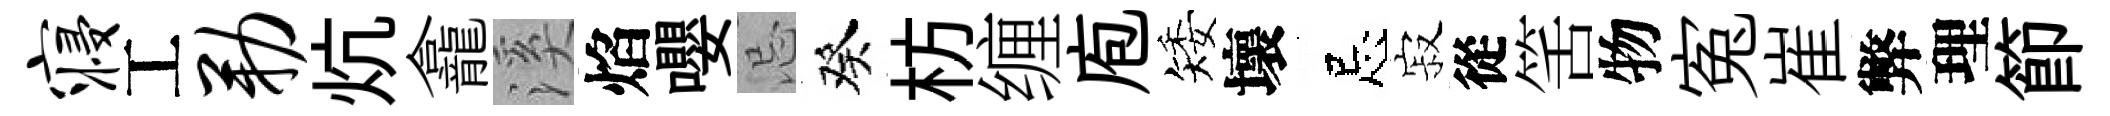
寝工勒炕龕溪焰嚶忌癸枋缠庖矮壞忌寂從筈物寃崔弊理節